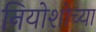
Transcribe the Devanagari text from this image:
नियोशोच्या